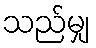
သည်မျှ